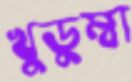
খুডুম্বা